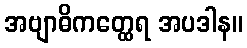
အဗျာဓိကတ္ထေရ အပဒါန။